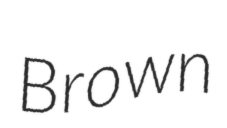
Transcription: Brown